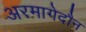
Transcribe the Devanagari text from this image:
अरमागेदौन